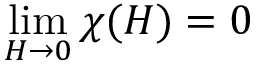
\operatorname* { l i m } _ { H \to 0 } \chi ( H ) = 0